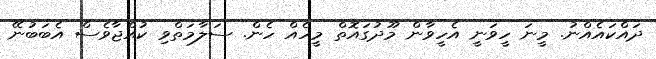
ދައްކައެއްނު. މީނަ ހީވަނީ އެހީވާން މޫދުގައޮތް މީހެއް ހެން. ސަލާމަތްވި ކުއްޖާވެސް އެބަބުނޭ